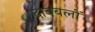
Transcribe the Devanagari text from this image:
दाबबलों